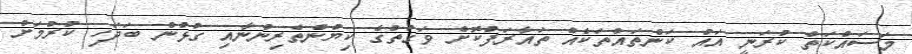
މަސައްކަތް ކުރަނީ އައު ކަންތައްތަކެއް ތައާރަފުކޮށް ވަގުތުގެ ކިޔުންތެރިންނާއި ގުޅުން ބަދަހި ކުރުމަށް